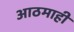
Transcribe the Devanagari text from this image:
आठमाही